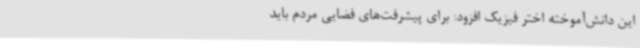
این دانش‌آموخته اختر فیزیک افزود: برای پیشرفت‌های فضایی مردم باید